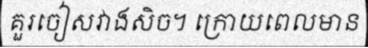
គួរចៀសវាងសិច។ ក្រោយពេលមាន